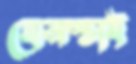
হেনস্তাই